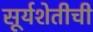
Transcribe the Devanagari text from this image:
सूर्यशेतीची